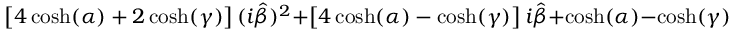
\left[ 4 \cosh ( \alpha ) + 2 \cosh ( \gamma ) \right] ( i \hat { \beta } ) ^ { 2 } + \left[ 4 \cosh ( \alpha ) - \cosh ( \gamma ) \right] i \hat { \beta } + \cosh ( \alpha ) - \cosh ( \gamma ) = 0 .